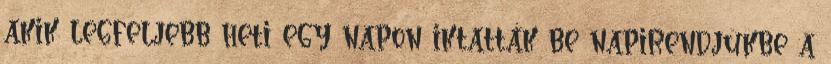
akik legfeljebb heti egy napon iktatták be napirendjükbe a